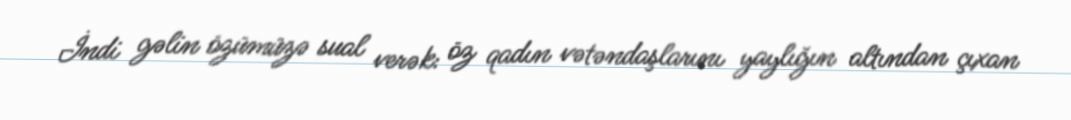
İndi gəlin özümüzə sual verək: öz qadın vətəndaşlarını yaylığın altından çıxan